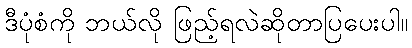
ဒီပုံစံကို ဘယ်လို ဖြည့်ရလဲဆိုတာပြပေးပါ။